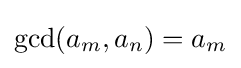
\gcd(a_{m},a_{n})=a_{m}